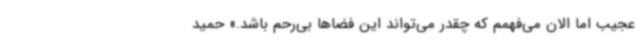
عجیب اما الان می‌فهمم که چقدر می‌تواند این فضاها بی‌رحم باشد.» حمید